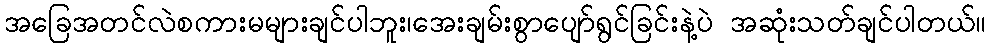
အခြေအတင်လဲစကားမများချင်ပါဘူး၊အေးချမ်းစွာပျော်ရွင်ခြင်းနဲ့ပဲ အဆုံးသတ်ချင်ပါတယ်။